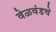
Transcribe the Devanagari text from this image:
वेळवंडचे